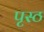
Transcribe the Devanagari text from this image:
पृस्ठ